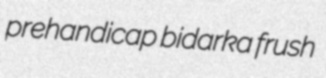
prehandicap bidarka frush